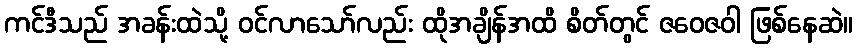
ကင်ဒီသည် အခန်းထဲသို့ ဝင်လာသော်လည်း ထိုအချိန်အထိ စိတ်တွင် ဇဝေဇဝါ ဖြစ်နေဆဲ။